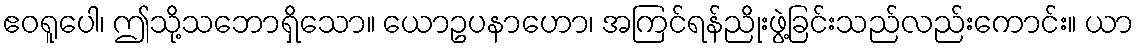
ဧဝရူပေါ၊ ဤသို့သဘောရှိသော။ ယောဥပနာဟော၊ အကြင်ရန်ညိုးဖွဲ့ခြင်းသည်လည်းကောင်း။ ယာ